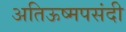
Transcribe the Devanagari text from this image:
अतिऊष्मपसंदी